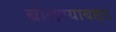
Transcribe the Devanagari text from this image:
बोलण्याबद्दल